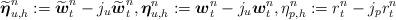
LaTeX: \begin{align*} \widetilde{\boldsymbol{\eta}}_{u,h}^n:=\widetilde{\boldsymbol{w}}_t^n - j_u\widetilde{\boldsymbol{w}}_t^n, \boldsymbol{\eta}_{u,h}^n:=\boldsymbol{w}_t^n - j_u \boldsymbol{w}_t^n, \eta_{p,h}^n:=r_t^n - j_p r_t^n\end{align*}